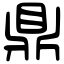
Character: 鼎